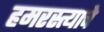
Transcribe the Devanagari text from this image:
हमरस्त्याचे